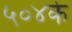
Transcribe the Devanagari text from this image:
५०४के